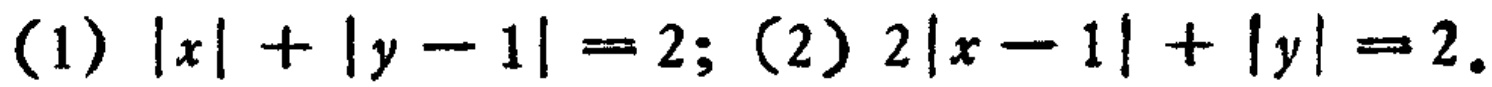
(1) \(|x| + |y - 1| = 2\); (2) \(2|x - 1|+|y| = 2\)